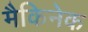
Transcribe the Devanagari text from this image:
मैकिनेक